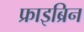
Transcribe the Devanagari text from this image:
फ्राइब्रिन